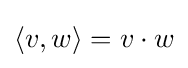
\langle v,w\rangle =v\cdot w